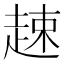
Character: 趚